Plague in India, 1896, 1897 - Volume 3
Year: 1896
Disease focus: Plague
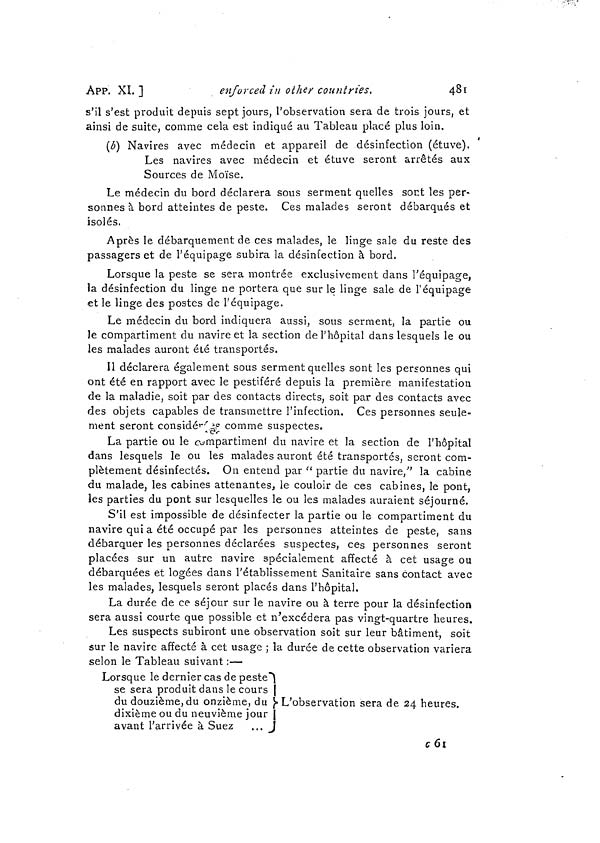
APP. XI]
enforced in other countries.
48
s'il s'est produit depuis sept jours, l'observation sera de trois jours, et
ainsi de suite, comme cela est indiqué au Tableau placé plus loin.
(ó) Navires avec médecin et appareil de désinfection (étuve).
Les navires avec médecin et étuve seront arrêtés aux
Sources de Moïse.
Le médecin du bord déclarera sous serment quelles sont les per-
sonnes à bord atteintes de peste. Ces malades seront débarqués et
isolés.
Après le débarquement de ces malades, le linge sale du reste des
passagers et de l'équipage subira la désinfection à bord.
Lorsque la peste se sera montrée exclusivement dans l'équipage,
la désinfection du linge ne portera que sur le linge sale de l'équipage
et le linge des postes de l'équipage.
Le médecin du bord incliquera aussi, sous serment, la partie ou
le compartiment du navire et la section de l'hôpital dans lesquels le ou
les malades auront été transportés.
Il déclarera également sous serment quelles sont les personnes qui
ont été en rapport avec le pestiféré depuis la première manifestation
de la maladie, soit par des contacts directs, soit par des contacts avec
des objets capables de transmettre l'infection. Ces personnes seule-
ment seront considér comme suspectes.
La partie ou le compartiment du navire et la section de l'hôpital
dans lesquels le ou les malades auront été transportés, seront com-
plètement désinfectés. On entend par " partie du navire," la cabine
du malade, les cabines attenantes, le couloir de ces cabines, le pont,
les parties du pont sur lesquelles le ou les malades auraient séjourné.
S'il est impossible de désinfecter la partie ou le compartiment du
navire qui a été occupé par les personnes atteintes de peste, sans
débarquer les personnes déclarées suspectes, ces personnes seront
placées sur un autre navire spécialement affecté à cet usage ou
débarquées et logées dans l'établissement Sanitaire sans contact avec
les malades, lesquels seront placés dans l'hôpital.
La durée de ce séjour sur le navire ou à terre pour la désinfection
sera aussi courte que possible et n'excédera pas vingt-quartre heures.
Les suspects subiront une observation soit sur leur bâtiment, soit
sur le navire affecté à cet usage ; la durée de cette observation variera
selon le Tableau suivant :—
Lorsque le dernier cas de peste
se sera produit dans le cours ¡
du douzième, du onzième, du
dixième ou du neuvième jour
avant l'arrivée à Suez ...
L'observation sera de 24 heures.
c 61